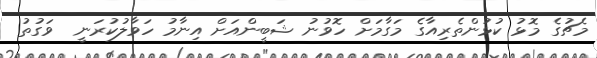
މެޗުގެ މޮޅު ކުޅުންތެރިއާގެ މަގާމަށް ހޮވުނު ޝަބީންއަށް އިނާމު ހަވާލުކުރަނީ  ވަގުތު